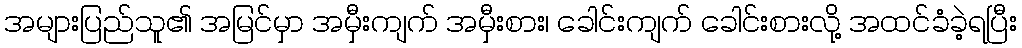
အများပြည်သူ၏ အမြင်မှာ အမှီးကျက် အမှီးစား၊ ခေါင်းကျက် ခေါင်းစားလို့ အထင်ခံခဲ့ရပြီး